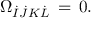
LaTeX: \Omega _ { \dot { I } \dot { J } K \dot { L } } \, = \, 0 .